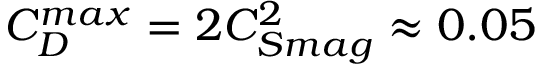
C _ { D } ^ { m a x } = 2 C _ { S m a g } ^ { 2 } \approx 0 . 0 5